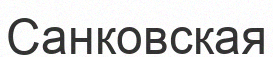
Санковская